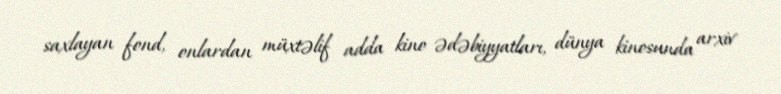
saxlayan fond, onlardan müxtəlif adda kino ədəbiyyatları, dünya kinosunda arxiv